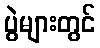
ပွဲများတွင်